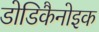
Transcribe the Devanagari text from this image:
डोडिकैनोइक